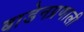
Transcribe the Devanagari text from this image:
बाडेनप्रणाली